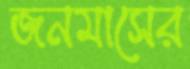
জনমাসের